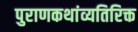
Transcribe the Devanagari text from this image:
पुराणकथांव्यतिरिक्त